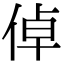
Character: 倬